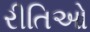
રીતિઓ